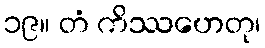
၁၉။ တံ ကိဿဟေတု၊